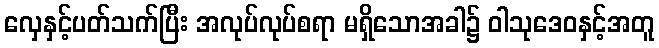
လှေနှင့်ပတ်သက်ပြီး အလုပ်လုပ်စရာ မရှိသောအခါ၌ ဝါသုဒေဝနှင့်အတူ